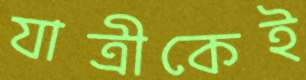
যাত্রীকেই